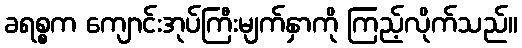
ခရစ္စက ကျောင်းအုပ်ကြီးမျက်နှာကို ကြည့်လိုက်သည်။